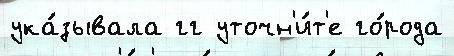
ука́зывала гг уточн'и́т'е го́рода